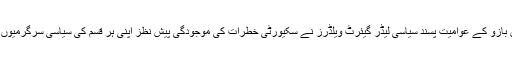
ہالینڈ کے انتہائی دائیں بازو کے عوامیت پسند سیاسی لیڈر گیئرٹ ویلڈرز نے سکیورٹی خطرات کی موجودگی پیش نظز اپنی ہر قسم کی سیاسی سرگرمیوں کو معطل کر دیا ہے۔